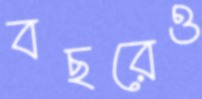
বছরেও